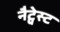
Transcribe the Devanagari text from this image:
नैट्वेस्ट